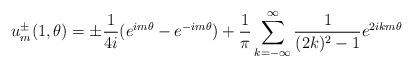
LaTeX: \begin{align*} u_m^\pm(1,\theta) =\pm\frac{1}{4i}(e^{im\theta}-e^{-im\theta}) +\frac{1}{\pi}\sum_{k=-\infty}^\infty\frac{1}{(2k)^2-1}e^{2ikm\theta} \end{align*}